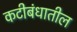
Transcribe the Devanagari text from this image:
कटीबंधातील